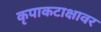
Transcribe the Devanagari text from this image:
कृपाकटाक्षावर